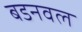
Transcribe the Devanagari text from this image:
बडनवल